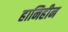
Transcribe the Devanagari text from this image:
हानिहीन